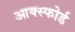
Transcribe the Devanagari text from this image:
आक्स्फोर्ड